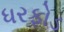
ધરફોડ